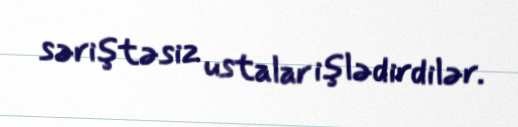
səriştəsiz ustalar işlədirdilər.